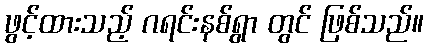
ဖွင့်ထားသည့် ဂရင်းနစ်ရွာ တွင် ဖြစ်သည်။